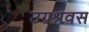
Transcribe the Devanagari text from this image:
उग्रश्रवस